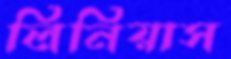
লিনিয়াস